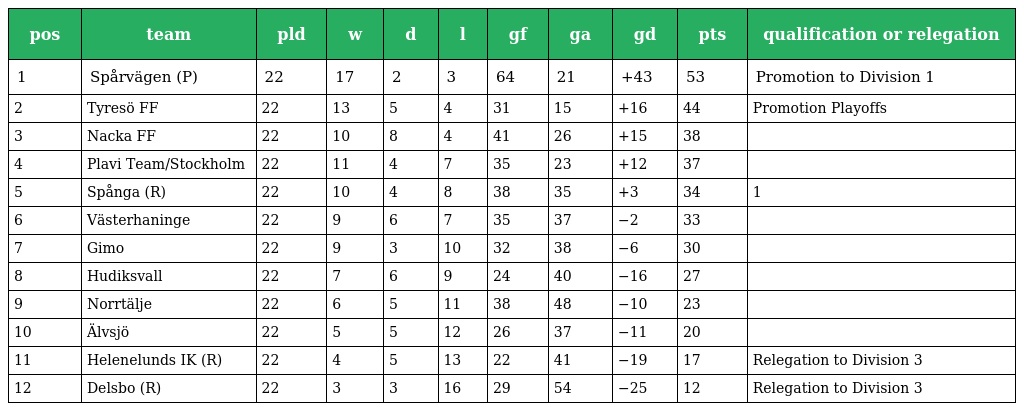
| pos | team | pld | w | d | l | gf | ga | gd | pts | qualification or relegation |
 | --- | --- | --- | --- | --- | --- | --- | --- | --- | --- | --- |
 | 1 | Spårvägen (P) | 22 | 17 | 2 | 3 | 64 | 21 | +43 | 53 | Promotion to Division 1 |
 | 2 | Tyresö FF | 22 | 13 | 5 | 4 | 31 | 15 | +16 | 44 | Promotion Playoffs |
 | 3 | Nacka FF | 22 | 10 | 8 | 4 | 41 | 26 | +15 | 38 |  |
 | 4 | Plavi Team/Stockholm | 22 | 11 | 4 | 7 | 35 | 23 | +12 | 37 |  |
 | 5 | Spånga (R) | 22 | 10 | 4 | 8 | 38 | 35 | +3 | 34 | 1 |
 | 6 | Västerhaninge | 22 | 9 | 6 | 7 | 35 | 37 | −2 | 33 |  |
 | 7 | Gimo | 22 | 9 | 3 | 10 | 32 | 38 | −6 | 30 |  |
 | 8 | Hudiksvall | 22 | 7 | 6 | 9 | 24 | 40 | −16 | 27 |  |
 | 9 | Norrtälje | 22 | 6 | 5 | 11 | 38 | 48 | −10 | 23 |  |
 | 10 | Älvsjö | 22 | 5 | 5 | 12 | 26 | 37 | −11 | 20 |  |
 | 11 | Helenelunds IK (R) | 22 | 4 | 5 | 13 | 22 | 41 | −19 | 17 | Relegation to Division 3 |
 | 12 | Delsbo (R) | 22 | 3 | 3 | 16 | 29 | 54 | −25 | 12 | Relegation to Division 3 |